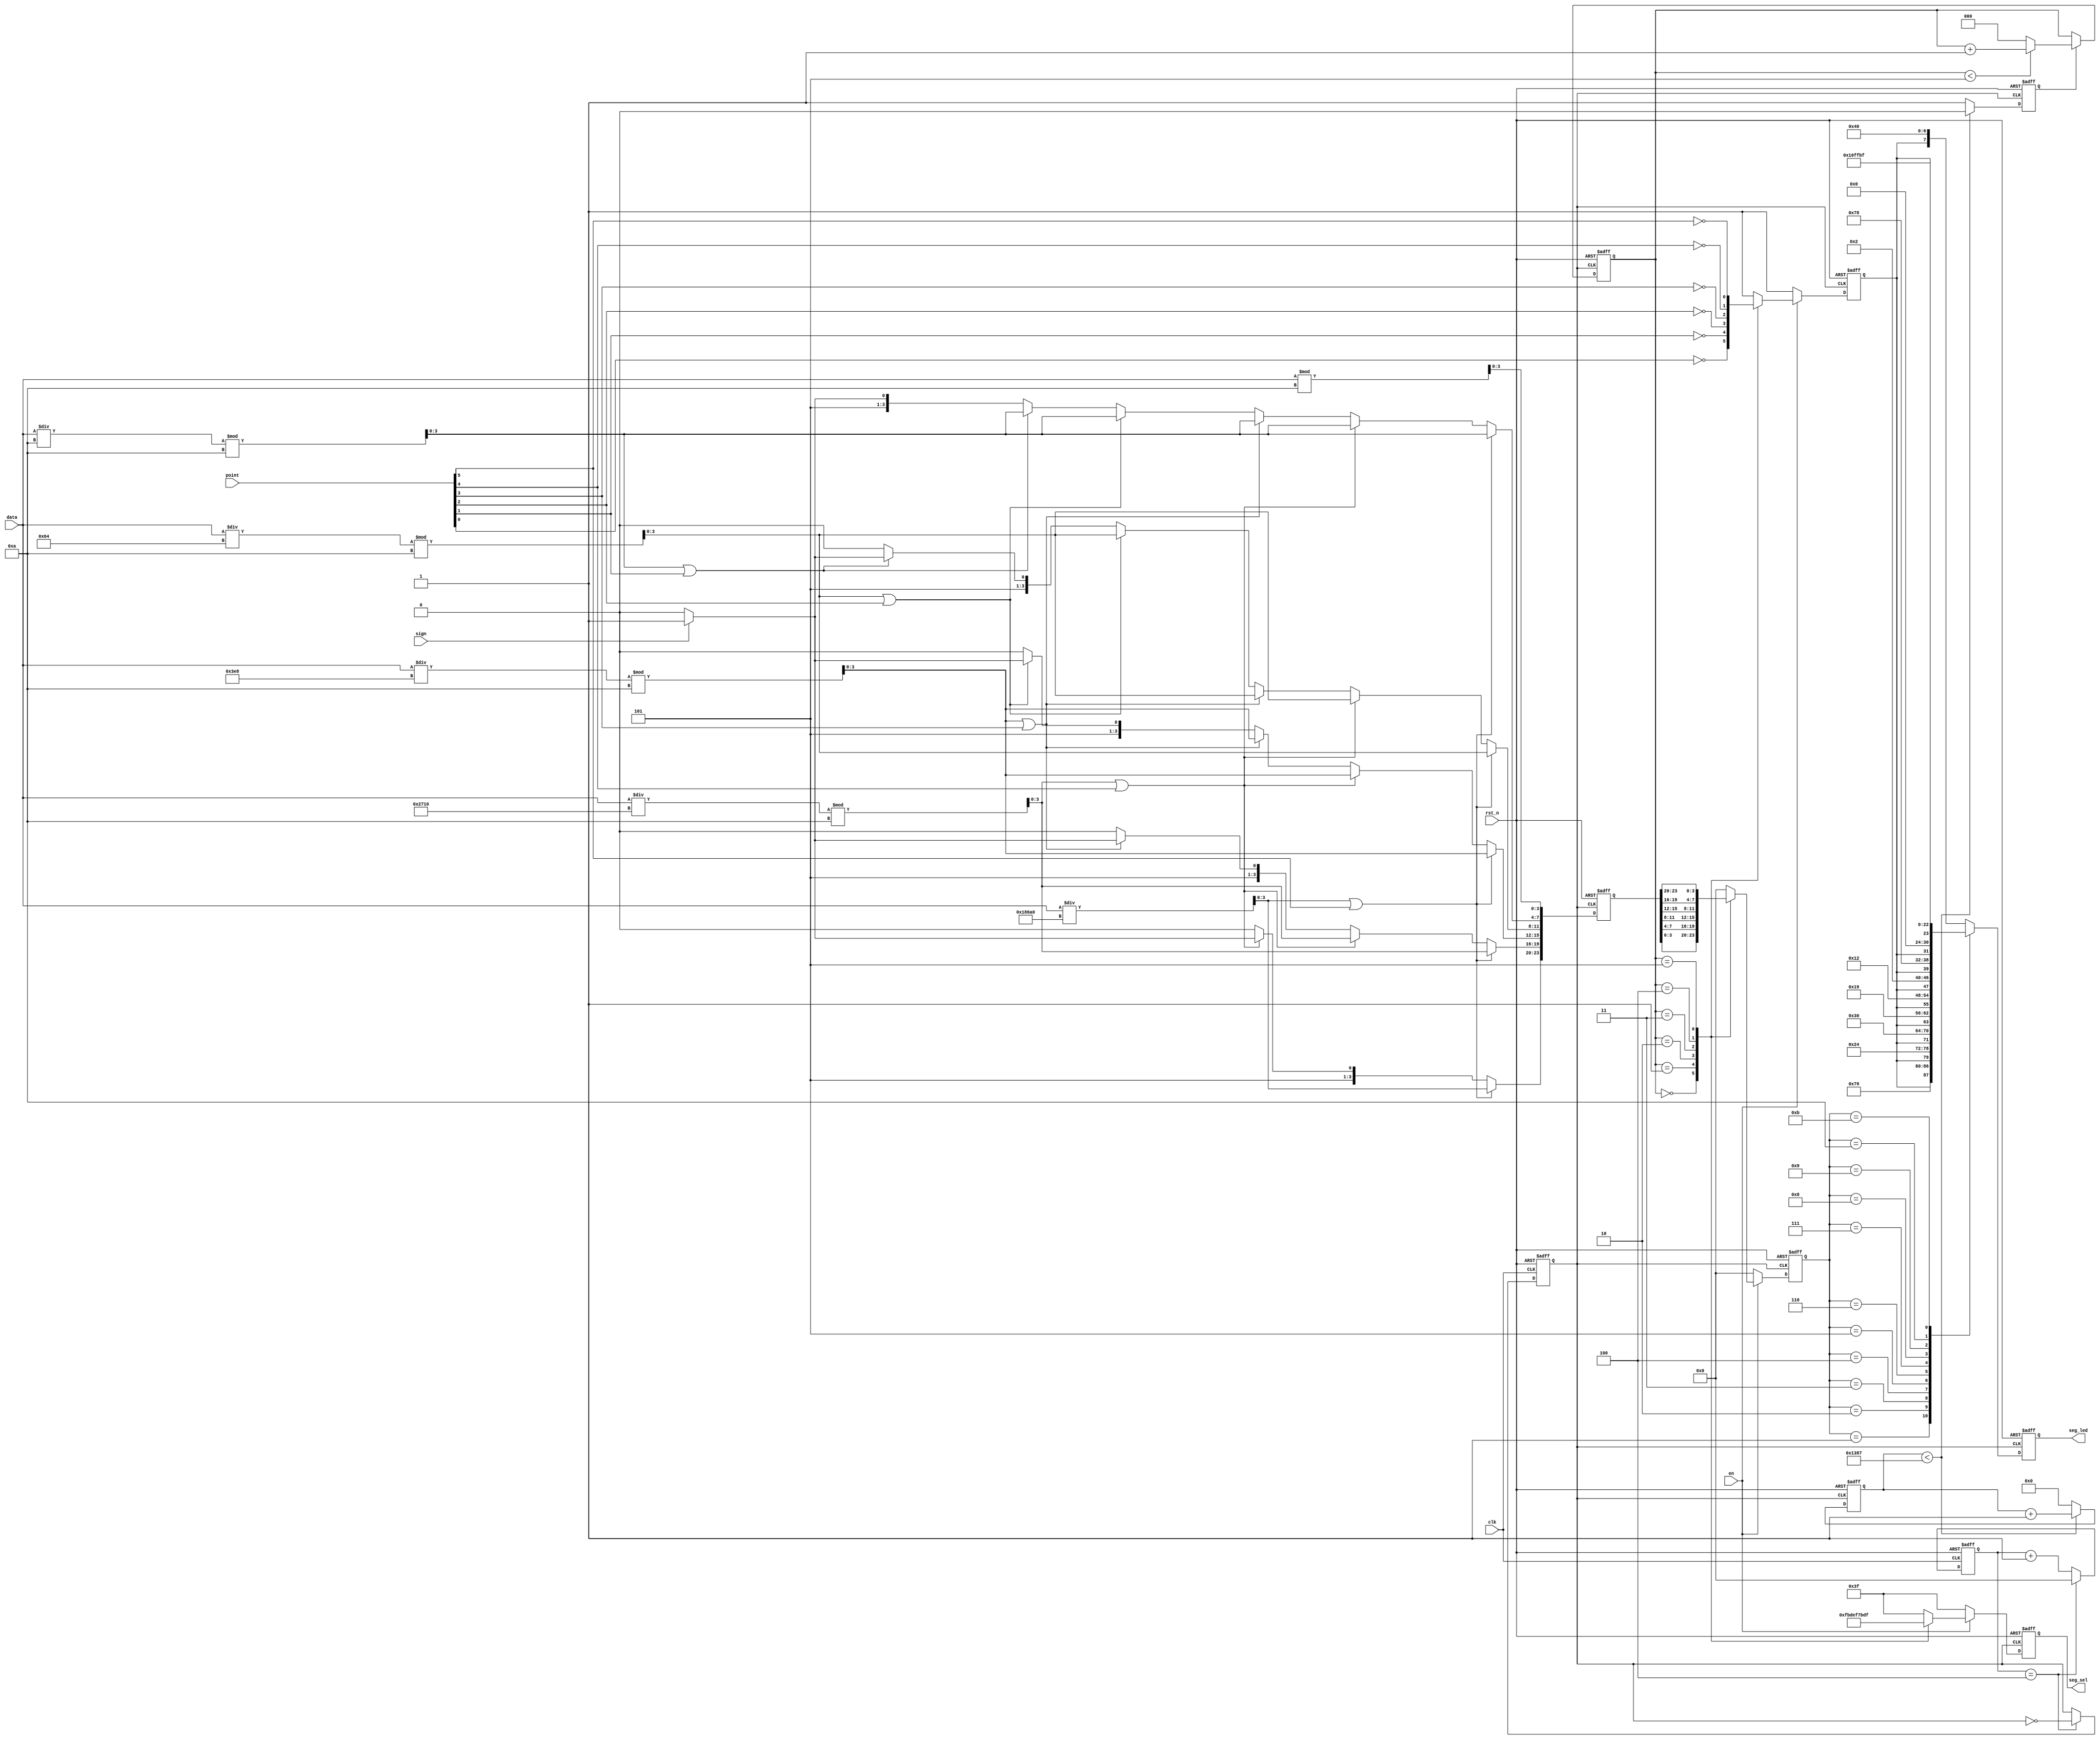
module seg_led(
    input clk,
    input rst_n,
      
    input  [19 : 0] data,
    input  [ 5 : 0] point,
    input           en   ,
    input           sign ,

    output reg[5 : 0] seg_sel, // 
    output reg[7 : 0] seg_led  // 
 );

 parameter CLK_DIVIDE = 4'd10 ; //
 parameter MAX_NUM = 13'd5000 ; //(5MHZ)1ms

 reg  [3 : 0]    clk_cnt;       // 
 reg             dri_clk;       //  5MHz
 reg  [23: 0]    num    ;       // 24cd
 reg  [12: 0]    cnt0   ;       // 
 reg             flag   ;       //  (cnt0 ms)
 reg  [2 : 0]    cnt_sel;       // 
 reg  [3 : 0]    num_disp;      // 
 reg             dot_disp;      // 

//wire define
wire   [3:0]              data0    ;        // 
wire   [3:0]              data1    ;        // 
wire   [3:0]              data2    ;        // 
wire   [3:0]              data3    ;        // 
wire   [3:0]              data4    ;        // 
wire   [3:0]              data5    ;        // 


assign data0 = data % 4'd10;
assign data1 = data / 4'd10 % 4'd10;
assign data2 = data / 7'd100 % 4'd10;
assign data3 = data / 10'd1000 % 4'd10;
assign data4 = data / 14'd10000 % 4'd10;
assign data5 = data / 17'd100000 ;

//105MHzdri_clk
always @(posedge clk or negedge rst_n) begin
   if(!rst_n) begin
       clk_cnt <= 4'd0;
       dri_clk <= 1'b1;
   end
   else if(clk_cnt == CLK_DIVIDE/2 - 1'd1) begin
       clk_cnt <= 4'd0;
       dri_clk <= ~dri_clk;
   end
   else begin
       clk_cnt <= clk_cnt + 1'b1;
       dri_clk <= dri_clk;
   end
end

//2028421bcd(41
always @ (posedge dri_clk or negedge rst_n) begin
    if (!rst_n)
        num <= 24'b0;
    else begin
        if (data5 || point[5]) begin     //6
            num[23:20] <= data5;         //6
            num[19:16] <= data4;
            num[15:12] <= data3;
            num[11:8]  <= data2;
            num[ 7:4]  <= data1;
            num[ 3:0]  <= data0;
        end
        else begin                         
            if (data4 || point[4]) begin //55
                num[19:0] <= {data4,data3,data2,data1,data0};
                if(sign)                    
                    num[23:20] <= 4'd11; //6
                else
                    num[23:20] <= 4'd10; //6
            end
            else begin                   //44
                if (data3 || point[3]) begin
                    num[15: 0] <= {data3,data2,data1,data0};
                    num[23:20] <= 4'd10; //6
                    if(sign)             //5
                        num[19:16] <= 4'd11;
                    else                 //5
                        num[19:16] <= 4'd10;
                end
                else begin               //33
                    if (data2 || point[2]) begin
                        num[11: 0] <= {data2,data1,data0};
                                         //65
                        num[23:16] <= {2{4'd10}};
                        if(sign)         //4
                            num[15:12] <= 4'd11;
                        else             //4
                            num[15:12] <= 4'd10;
                    end
                    else begin           //22
                        if (data1 || point[1]) begin
                            num[ 7: 0] <= {data1,data0};
                                         //654
                            num[23:12] <= {3{4'd10}};
                            if(sign)     //3
                                num[11:8]  <= 4'd11;
                            else         //3
                                num[11:8] <=  4'd10;
                        end
                        else begin       //1
                            num[3:0] <= data0;
                                         //65
                            num[23:8] <= {4{4'd10}};
                            if(sign)     //2
                                num[7:4] <= 4'd11;
                            else         //2
                                num[7:4] <= 4'd10;
                        end
                    end
                end
            end
        end
    end
end

//1ms
always @ (posedge dri_clk or negedge rst_n) begin
    if (rst_n == 1'b0) begin
        cnt0 <= 13'b0;
        flag <= 1'b0;
     end
    else if (cnt0 < MAX_NUM - 1'b1) begin
        cnt0 <= cnt0 + 1'b1;
        flag <= 1'b0;
     end
    else begin
        cnt0 <= 13'b0;
        flag <= 1'b1;
     end
end

//cnt_sel05
always @ (posedge dri_clk or negedge rst_n) begin
    if (rst_n == 1'b0)
        cnt_sel <= 3'b0;
    else if(flag) begin
        if(cnt_sel < 3'd5)
            cnt_sel <= cnt_sel + 1'b1;
        else
            cnt_sel <= 3'b0;
    end
    else
        cnt_sel <= cnt_sel;
end

//6
always @ (posedge dri_clk or negedge rst_n) begin
    if(!rst_n) begin
        seg_sel  <= 6'b111111;              //
        num_disp <= 4'b0;           
        dot_disp <= 1'b1;                   //
    end
    else begin
        if(en) begin
            case (cnt_sel)
                3'd0 :begin
                    seg_sel  <= 6'b111110;  //
                    num_disp <= num[3:0] ;  //
                    dot_disp <= ~point[0];  //
                end
                3'd1 :begin
                    seg_sel  <= 6'b111101;  //1
                    num_disp <= num[7:4] ;
                    dot_disp <= ~point[1];
                end
                3'd2 :begin
                    seg_sel  <= 6'b111011;  //2
                    num_disp <= num[11:8];
                    dot_disp <= ~point[2];
                end
                3'd3 :begin
                    seg_sel  <= 6'b110111;  //3
                    num_disp <= num[15:12];
                    dot_disp <= ~point[3];
                end
                3'd4 :begin
                    seg_sel  <= 6'b101111;  //4
                    num_disp <= num[19:16];
                    dot_disp <= ~point[4];
                end
                3'd5 :begin
                    seg_sel  <= 6'b011111;  //
                    num_disp <= num[23:20];
                    dot_disp <= ~point[5];
                end
                default :begin
                    seg_sel  <= 6'b111111;
                    num_disp <= 4'b0;
                    dot_disp <= 1'b1;
                end
            endcase
        end
        else begin
            seg_sel  <= 6'b111111;          //0
            num_disp <= 4'b0;
            dot_disp <= 1'b1;
        end
    end
end

//
always @ (posedge dri_clk or negedge rst_n) begin
    if (!rst_n)
        seg_led <= 8'hc0;
    else begin
        case (num_disp)
            4'd0 : seg_led <= {dot_disp,7'b1000000}; // 0
            4'd1 : seg_led <= {dot_disp,7'b1111001}; // 1
            4'd2 : seg_led <= {dot_disp,7'b0100100}; // 2
            4'd3 : seg_led <= {dot_disp,7'b0110000}; // 3
            4'd4 : seg_led <= {dot_disp,7'b0011001}; // 4
            4'd5 : seg_led <= {dot_disp,7'b0010010}; // 5
            4'd6 : seg_led <= {dot_disp,7'b0000010}; // 6
            4'd7 : seg_led <= {dot_disp,7'b1111000}; // 7
            4'd8 : seg_led <= {dot_disp,7'b0000000}; // 8
            4'd9 : seg_led <= {dot_disp,7'b0010000}; // 9
            4'd10: seg_led <= 8'b11111111;           //
            4'd11: seg_led <= 8'b10111111;           //(-)
            default: 
                   seg_led <= {dot_disp,7'b1000000};
        endcase
    end
end

endmodule // seg_led